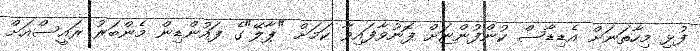
ފުޅި މިހާތަނަށް އެޑިޑާސް ކުންފުންޏަށް ފޮނުވާފައިވާ ކަމަށް "ޕާލޭ"ގެ ފައުންޑިން މެންބަރު ރައީސްއަށް